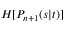
H [ P _ { n + 1 } ( s | t ) ]